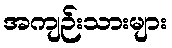
အကျဉ်းသားများ